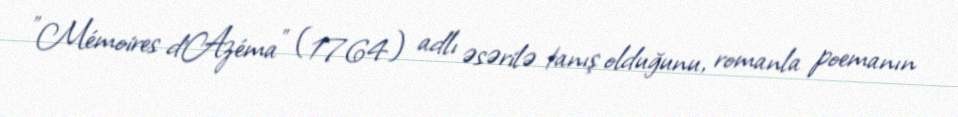
"Mémoires d'Azéma" (1764) adlı əsərilə tanış olduğunu, romanla poemanın